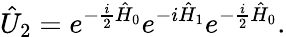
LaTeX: \hat{U}_{2}=e^{-\frac{i}{2}\hat{H}_{0}}e^{-i\hat{H}_{1}}e^{-\frac{i}{2}\hat{H}_{0}}.